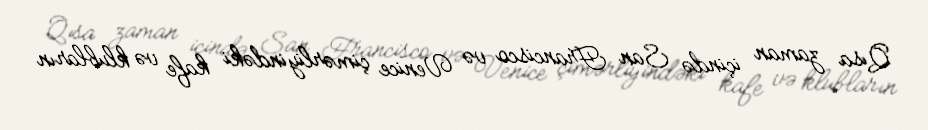
Qısa zaman içində San Francisco və Venice çimərliyindəki kafe və klubların